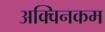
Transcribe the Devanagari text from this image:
अक्विनकम